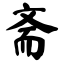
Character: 斋